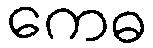
ကေဓ